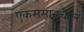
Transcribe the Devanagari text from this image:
एकसमानचाल